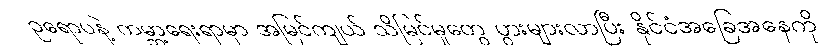
ဥရောပနဲ့ ကမ္ဘာ့ရေးရာမှာ အမြင်ကျယ် သိမြင်မှုတွေ ပွားများလာပြီး နိုင်ငံအခြေအနေကို